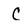
Character: C